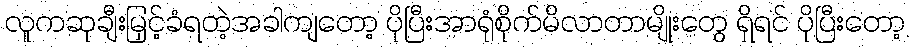
လူကဆုချီးမြှင့်ခံရတဲ့အခါကျတော့ ပိုပြီးအာရုံစိုက်မိလာတာမျိုးတွေ ရှိရင် ပိုပြီးတော့